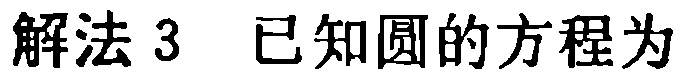
解法 3 已知圆的方程为